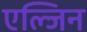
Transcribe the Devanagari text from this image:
एल्जिन